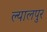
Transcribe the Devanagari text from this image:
ल्यालपुर